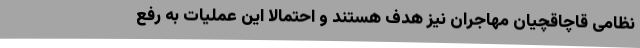
نظامی قاچاقچیان مهاجران نیز هدف هستند و احتمالا این عملیات به رفع